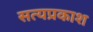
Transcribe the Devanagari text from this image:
सत्‍यप्रकाश